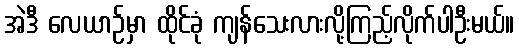
အဲဒီ လေယာဉ်မှာ ထိုင်ခုံ ကျန်သေးလားလို့ကြည့်လိုက်ပါဦးမယ်။